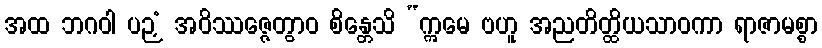
အထ ဘဂဝါ ပဉှံ အဝိဿဇ္ဇေတွာဝ စိန္တေသိ “ဣမေ ဗဟူ အညတိတ္ထိယသာဝကာ ရာဇာမစ္စာ